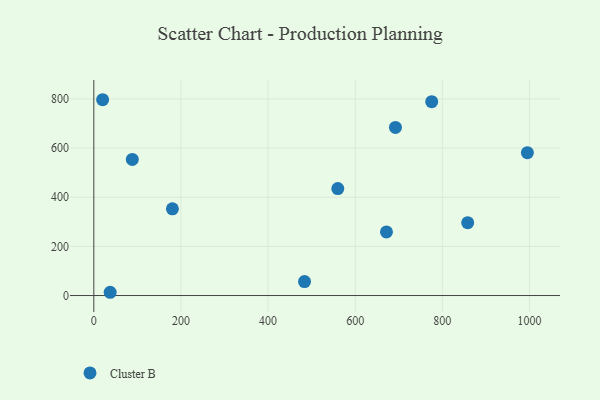
{"axis": {"x": "Investment", "y": "Demand"}, "legend": ["Cluster B"], "data": [{"x": "37.5", "y": 13.3, "type": "Cluster B"}, {"x": "88.3", "y": 553.8, "type": "Cluster B"}, {"x": "775.5", "y": 789.1, "type": "Cluster B"}, {"x": "858.1", "y": 296.5, "type": "Cluster B"}, {"x": "20.2", "y": 796.9, "type": "Cluster B"}, {"x": "180.4", "y": 352.9, "type": "Cluster B"}, {"x": "692.3", "y": 684.1, "type": "Cluster B"}, {"x": "560.0", "y": 435.3, "type": "Cluster B"}, {"x": "671.7", "y": 259.1, "type": "Cluster B"}, {"x": "995.1", "y": 581.3, "type": "Cluster B"}, {"x": "483.6", "y": 56.9, "type": "Cluster B"}]}